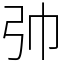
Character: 𢎭